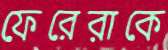
ফেরেরাকে